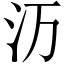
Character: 𬇕